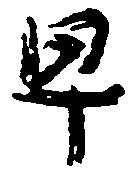
早